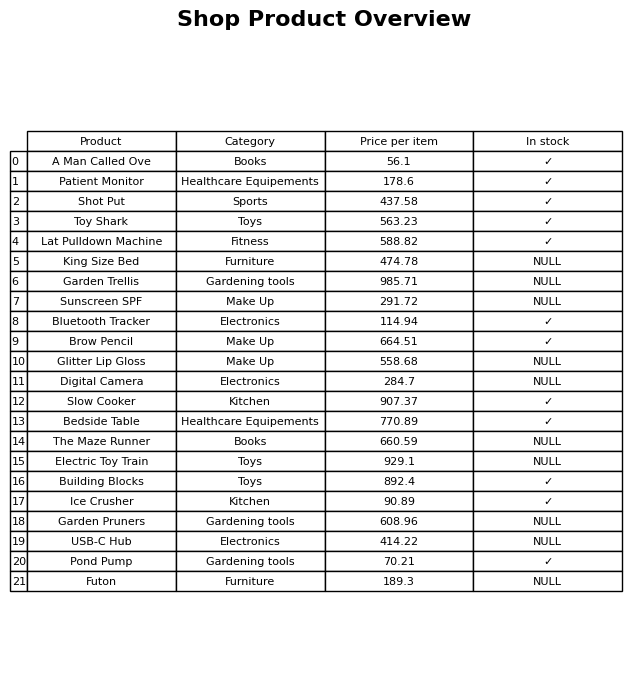
question: Which products are currently out of stock?
answer: King Size Bed, Garden Trellis, Sunscreen SPF, Glitter Lip Gloss, Digital Camera, The Maze Runner, Electric Toy Train, Garden Pruners, USB-C Hub, Futon